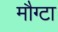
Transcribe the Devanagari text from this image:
मौग्टा